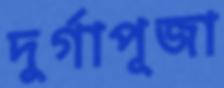
দুর্গাপূজা